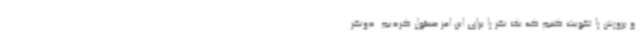
و پرورش را تقویت کنیم که یک نفر را برای این امر مسئول کردیم. دونفر